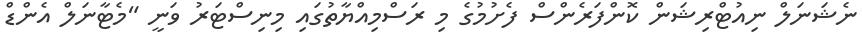
ނެޝަނަލް ނިއުޓްރިޝަން ކޮންފަރެންސް ފެށުމުގެ މި ރަސްމިއްޔާތުގައި މިނިސްޓަރު ވަނީ "މެޓާނަލް އެންޑް